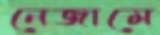
নেজামে